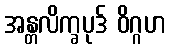
အန္တလိက္ခပုဒ် ဝိဂ္ဂဟ